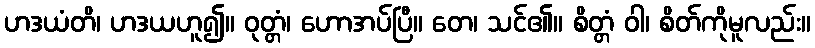
ဟဒယံတိ၊ ဟဒယဟူ၍။ ဝုတ္တံ၊ ဟောအပ်ပြီ။ တေ၊ သင်၏။ စိတ္တံ ဝါ၊ စိတ်ကိုမူလည်း။